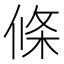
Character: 條